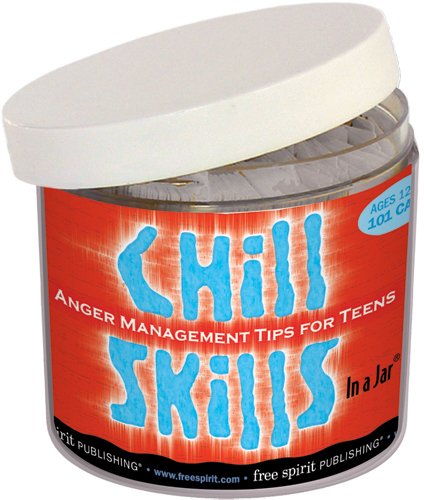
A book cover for Chill Skills In a Jar: Anger Management Tips for Teens; Free Spirit Publishing; Teen & Young Adult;